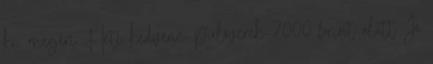
ki, megéri Heti kedvenc: pulóverek 7000 forint alatt Jó